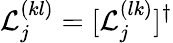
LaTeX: \mathcal{L}_{j}^{(kl)}=[\mathcal{L}_{j}^{(lk)}]^{\dagger}